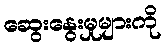
ဆွေးနွေးမှုများကို